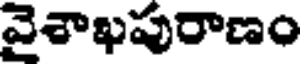
వైశాఖపురాణం